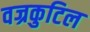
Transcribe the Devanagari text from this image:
वज्रकुटिल